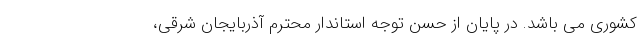
کشوری می باشد. در پایان از حسن توجه استاندار محترم آذربایجان شرقی،